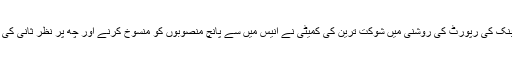
ایشیائی ترقیاتی بنک کی رپورٹ کی روشنی میں شوکت ترین کی کمیٹی نے انیس میں سے پانچ منصوبوں کو منسوخ کرنے اور چھ پر نظر ثانی کی سفارش کر ڈالی۔